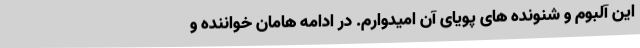
این آلبوم و شنونده های پویای آن امیدوارم. در ادامه هامان خواننده و